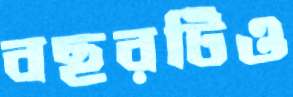
বছরটিও